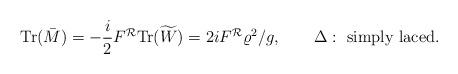
LaTeX: \begin{align*}\mbox{Tr}(\bar{M})=-{i\over2}F^{\cal R}\mbox{Tr}(\widetilde{W})=2iF^{\cal R}{\varrho^2}/g,\qquad \Delta:\ \mbox{simply laced}.\end{align*}